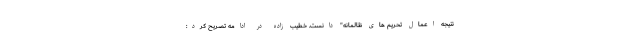
نتیجه اعمال تحریم های ظالمانه" دانست. خطیب زاده در ادامه تصریح کرد: